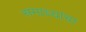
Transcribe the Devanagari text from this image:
समाध्यांचा